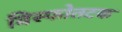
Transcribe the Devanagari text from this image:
विस्फोतटक